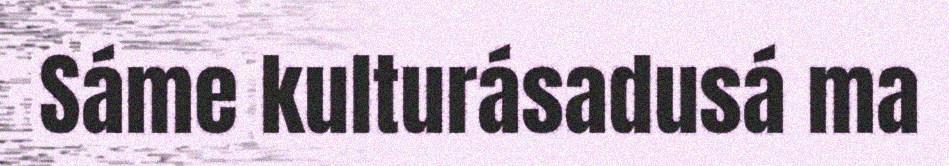
Sáme kulturásadusá ma